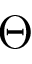
\Theta